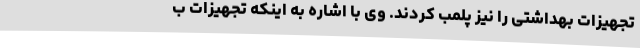
تجهیزات بهداشتی را نیز پلمب کردند. وی با اشاره به اینکه تجهیزات ب